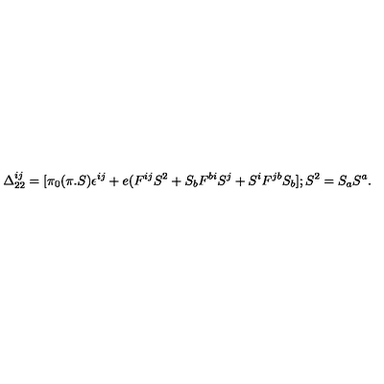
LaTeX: \Delta _ { 2 2 } ^ { i j } = [ \pi _ { 0 } ( \pi . S ) \epsilon ^ { i j } + e ( F ^ { i j } S ^ { 2 } + S _ { b } F ^ { b i } S ^ { j } + S ^ { i } F ^ { j b } S _ { b } ] ; S ^ { 2 } = S _ { a } S ^ { a } .